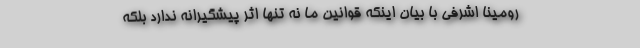
رومینا اشرفی با بیان اینکه قوانین ما نه تنها اثر پیشگیرانه ندارد بلکه